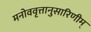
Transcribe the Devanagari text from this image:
मनोववृत्तानुसारिणीम्